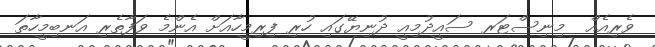
ވެރިއެއް  މިނިސްޓަރ ސައީދުމިއީ ދުނިޔޭގައި ހުރި ފިރިމީހާއަށް އެންމެ ވަފާތެރި އަނބިމީހާތަ